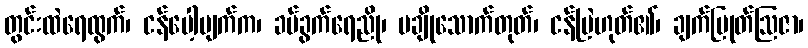
တွင်းထဲရေထွက်၊ ငန်ပေါ့ပျက်က၊ ခပ်ခွက်ရေညို၊ မချိုသောက်တုတ်၊ ငန်မြဲဟုတ်၏၊ ချက်ပြုတ်ဩဇာ၊